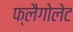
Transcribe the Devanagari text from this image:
फ्लैगोलेट